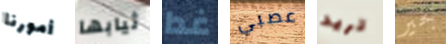
أمورنا ثيابها غدا عصبي تريد بخير